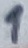
Text: 1